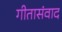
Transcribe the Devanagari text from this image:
गीतासंवाद